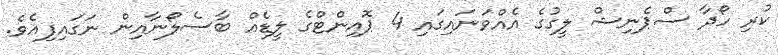
ކުރި ހޯދާ ސްޕެނިޝް ލީގުގެ އެއްވަނައިގައި 4 ޕޮއިންޓްގެ ލީޑެއް ބާސެލޯނާއިން ނަގައިފިއެވެ.